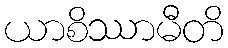
ယာစိဿာမီတိ